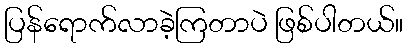
ပြန်ရောက်လာခဲ့ကြတာပဲ ဖြစ်ပါတယ်။